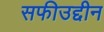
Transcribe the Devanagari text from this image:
सफीउद्दीन